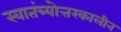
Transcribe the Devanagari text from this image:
स्वातंत्र्योत्तरकालीन